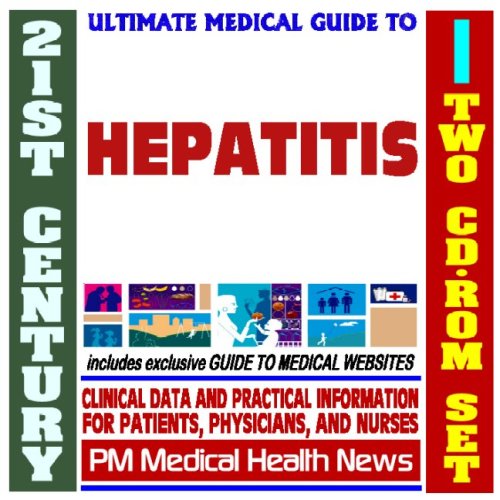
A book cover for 21st Century Ultimate Medical Guide to Hepatitis - Authoritative Clinical Information for Physicians and Patients (Two CD-ROM Set); PM Medical Health News; Health, Fitness & Dieting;